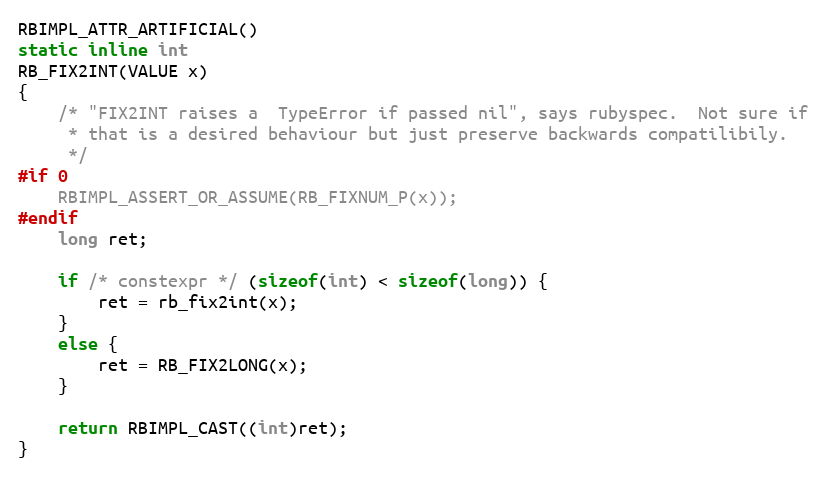
Language: C
RBIMPL_ATTR_ARTIFICIAL()
static inline int
RB_FIX2INT(VALUE x)
{
    /* "FIX2INT raises a  TypeError if passed nil", says rubyspec.  Not sure if
     * that is a desired behaviour but just preserve backwards compatilibily.
     */
#if 0
    RBIMPL_ASSERT_OR_ASSUME(RB_FIXNUM_P(x));
#endif
    long ret;

    if /* constexpr */ (sizeof(int) < sizeof(long)) {
        ret = rb_fix2int(x);
    }
    else {
        ret = RB_FIX2LONG(x);
    }

    return RBIMPL_CAST((int)ret);
}